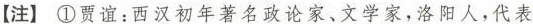
[注]①贾谊：西汉初年著名政论家、文学家，洛阳人，代表